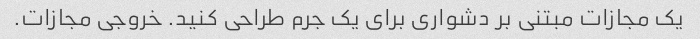
یک مجازات مبتنی بر دشواری برای یک جرم طراحی کنید. خروجی مجازات.